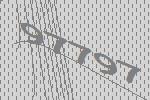
97797